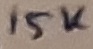
Text: 15K